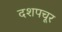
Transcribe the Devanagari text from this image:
दशपचूर